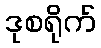
ဒုစရိုက်